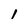
Character: l